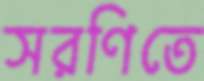
সরণিতে